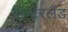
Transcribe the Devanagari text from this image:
हिन्टरलैंड